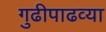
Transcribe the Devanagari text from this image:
गुढीपाढव्या